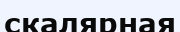
скалярная